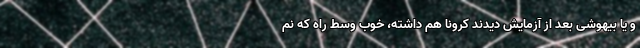
و یا بیهوشی بعد از آزمایش دیدند کرونا هم داشته، خوب وسط راه که نم